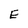
Character: E